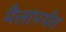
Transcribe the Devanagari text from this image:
मैलांपर्यंत